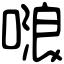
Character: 𠺘